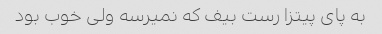
به پای پیتزا رست بیف که نمیرسه ولی خوب بود